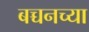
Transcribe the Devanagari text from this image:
बच्चनच्या